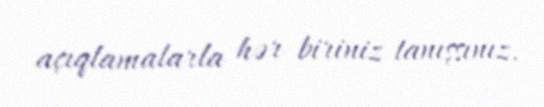
açıqlamalarla hər biriniz tanışsınız.